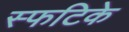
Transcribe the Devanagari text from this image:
स्फटिके